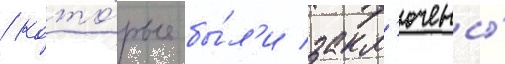
/ кото́рые бы́л'и закл'ючены́